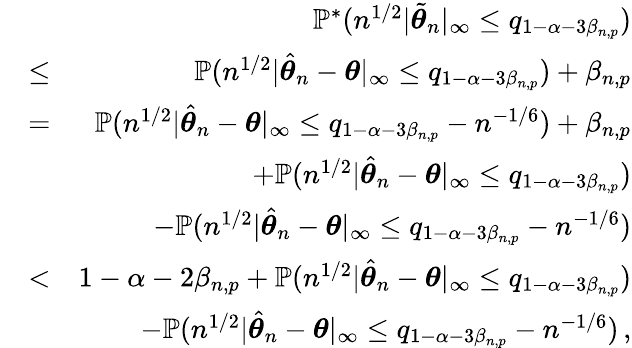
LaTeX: \begin{array}{rlr}&{}&{{\mathbb{P}}^{*}(n^{1/2}|\tilde{{\boldsymbol\theta}}_{n}|_{\infty}\leq q_{1-\alpha-3\beta_{n,p}})}\\ &{\leq}&{{\mathbb{P}}(n^{1/2}|\hat{{\boldsymbol\theta}}_{n}-{\boldsymbol\theta}|_{\infty}\leq q_{1-\alpha-3\beta_{n,p}})+\beta_{n,p}}\\ &{=}&{{\mathbb{P}}(n^{1/2}|\hat{{\boldsymbol\theta}}_{n}-{\boldsymbol\theta}|_{\infty}\leq q_{1-\alpha-3\beta_{n,p}}-n^{-1/6})+\beta_{n,p}}\\ &{}&{+{\mathbb{P}}(n^{1/2}|\hat{{\boldsymbol\theta}}_{n}-{\boldsymbol\theta}|_{\infty}\leq q_{1-\alpha-3\beta_{n,p}})}\\ &{}&{-{\mathbb{P}}(n^{1/2}|\hat{{\boldsymbol\theta}}_{n}-{\boldsymbol\theta}|_{\infty}\leq q_{1-\alpha-3\beta_{n,p}}-n^{-1/6})}\\ &{<}&{1-\alpha-2\beta_{n,p}+{\mathbb{P}}(n^{1/2}|\hat{{\boldsymbol\theta}}_{n}-{\boldsymbol\theta}|_{\infty}\leq q_{1-\alpha-3\beta_{n,p}})}\\ &{}&{-{\mathbb{P}}(n^{1/2}|\hat{{\boldsymbol\theta}}_{n}-{\boldsymbol\theta}|_{\infty}\leq q_{1-\alpha-3\beta_{n,p}}-n^{-1/6})\, ,}\end{array}